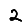
Digit: 2